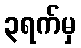
၃ရက်မှ